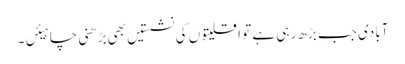
آبادی جب بڑھ رہی ہے تو اقلیتوں کی نشستیں بھی بڑھنی چاہیئں۔